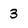
Character: 3